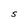
Character: S